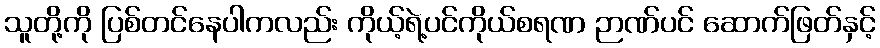
သူတို့ကို ပြစ်တင်နေပါကလည်း ကိုယ့်ရဲ့ပင်ကိုယ်စရဏ ဉာဏ်ပင် ဆောက်ဖြတ်နှင့်